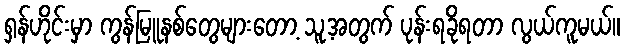
ရှန်ဟိုင်းမှာ ကွန်မြူနစ်တွေများတော့ သူ့အတွက် ပုန်းရခိုရတာ လွယ်ကူမယ်။